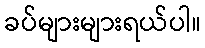
ခပ်များများရယ်ပါ။